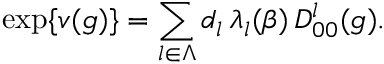
\exp \{ v ( g ) \} = \sum _ { l \in \Lambda } d _ { l } \, \lambda _ { l } ( \beta ) \, D _ { 0 0 } ^ { l } ( g ) .